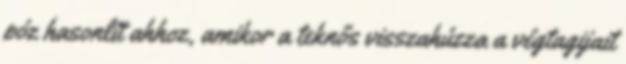
póz hasonlít ahhoz, amikor a teknős visszahúzza a végtagijait